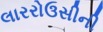
લારરોઉસીની